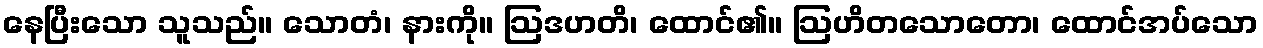
နေပြီးသော သူသည်။ သောတံ၊ နားကို။ ဩဒဟတိ၊ ထောင်၏။ ဩဟိတသောတော၊ ထောင်အပ်သော